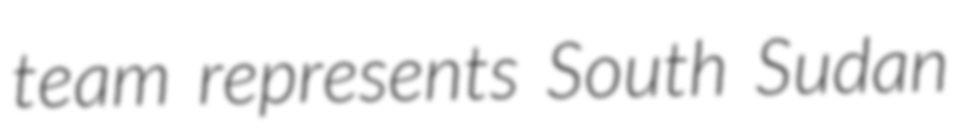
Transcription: team represents South Sudan